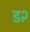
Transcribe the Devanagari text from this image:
ड२